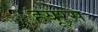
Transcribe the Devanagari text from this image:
हयूरेस